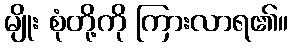
မျိုး စုံတို့ကို ကြားလာရ၏။